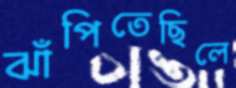
ঝাঁপিতেছিলে